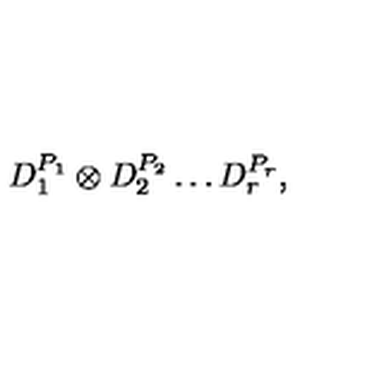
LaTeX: D _ { 1 } ^ { P _ { 1 } } \otimes D _ { 2 } ^ { P _ { 2 } } \ldots D _ { r } ^ { P _ { r } } ,